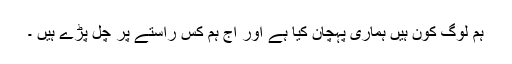
ہم لوگ کون ہیں ہماری پہچان کیا ہے اور آج ہم کس راستے پر چل پڑے ہیں ۔